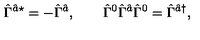
\hat { \Gamma } { } ^ { \hat { a } \star } = - \hat { \Gamma } { } ^ { \hat { a } } , \qquad \hat { \Gamma } { } ^ { 0 } \hat { \Gamma } { } ^ { \hat { a } } \hat { \Gamma } { } ^ { 0 } = \hat { \Gamma } { } ^ { \hat { a } \dagger } ,